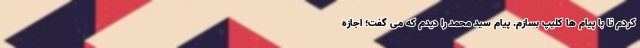
کردم تا با پیام ها کلیپ بسازم. پیام سید محمد را دیدم که می گفت؛ اجازه